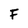
Character: F